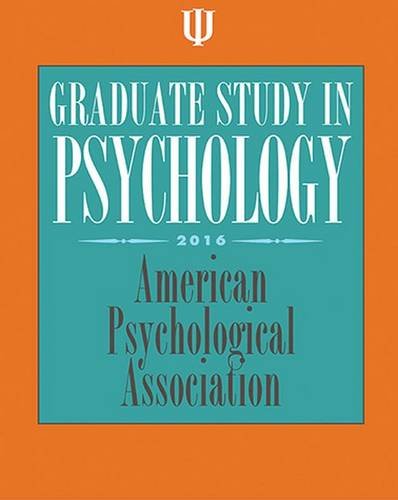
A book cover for Graduate Study in Psychology 2016; Medical Books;